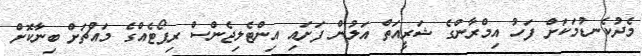
މެދުކެނޑުމަކަށް ފަހު އިމްރާންގެ ޝަރީއަތް އަލުން ފަށައި އިންޓެލިޖެންސް ރިޕޯޓެއްގެ މައްޗަށް ބިނާކޮށް